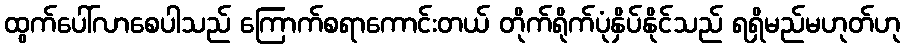
ထွက်ပေါ်လာစေပါသည် ကြောက်စရာကောင်းတယ် တိုက်ရိုက်ပုံနှိပ်နိုင်သည် ရရှိမည်မဟုတ်ဟု